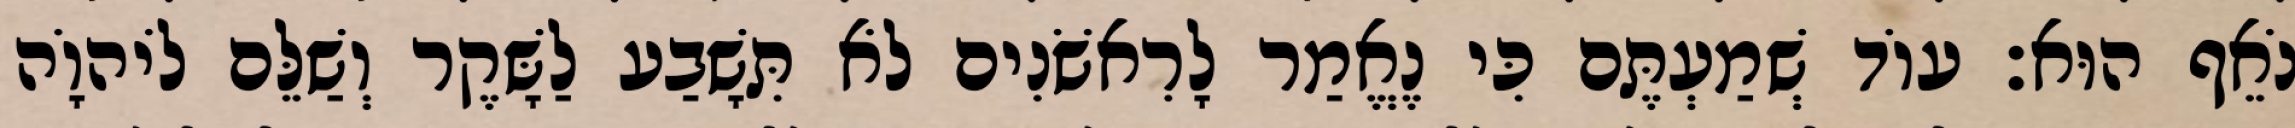
נֹאֵף הוּא׃ עוֹד שְׁמַעְתֶּם כִּי נֶאֱמַר לָרִאשֹׁנִים לֹא תִּשָׁבַע לַשָּׁקֶר וְשַׁלֵּם לֹיהוָֹה